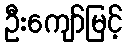
ဦးကျော်မြင့်